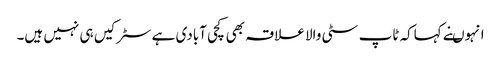
انہوںنے کہاکہ ٹاپ سٹی والا علاقہ بھی کچی آبادی ہے سٹرکیں ہی نہیں ہیں۔